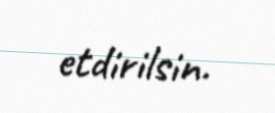
etdirilsin.